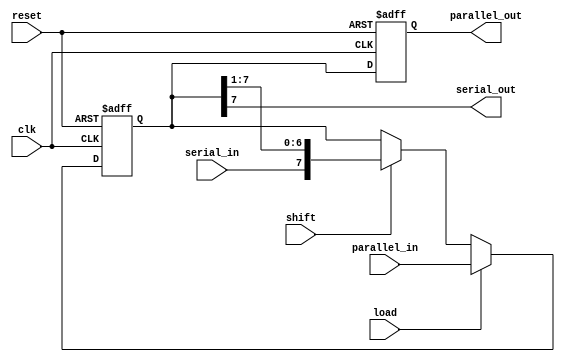
module shift_register #(
    parameter WIDTH = 8  // Parameter for the width of the shift register
)(
    input  wire clk,           // Clock signal
    input  wire reset,         // Asynchronous reset signal
    input  wire load,          // Load enable signal
    input  wire shift,         // Shift enable signal
    input  wire serial_in,     // Serial input data (for SISO and PISO)
    input  wire [WIDTH-1:0] parallel_in, // Parallel input data (for PIPO and PISO)
    output reg [WIDTH-1:0] parallel_out, // Parallel output data (for PIPO and SIPO)
    output wire serial_out      // Serial output data (for SISO and SIPO)
);

    reg [WIDTH-1:0] shift_reg; // Shift register storage

    // Combinational logic for serial output
    assign serial_out = shift_reg[WIDTH-1];

    // Sequential logic for shift register operation
    always @(posedge clk or posedge reset) begin
        if (reset) begin
            // Initialize shift register to zero on reset
            shift_reg <= 0;
            parallel_out <= 0;
        end else begin
            if (load) begin
                // Load operation: Load parallel data
                shift_reg <= parallel_in;
            end else if (shift) begin
                // Shift operation: Shift data to the right
                shift_reg <= {serial_in, shift_reg[WIDTH-1:1]};
            end
            
            // Assign the output for SIPO and PIPO
            parallel_out <= shift_reg;
        end
    end

endmodule